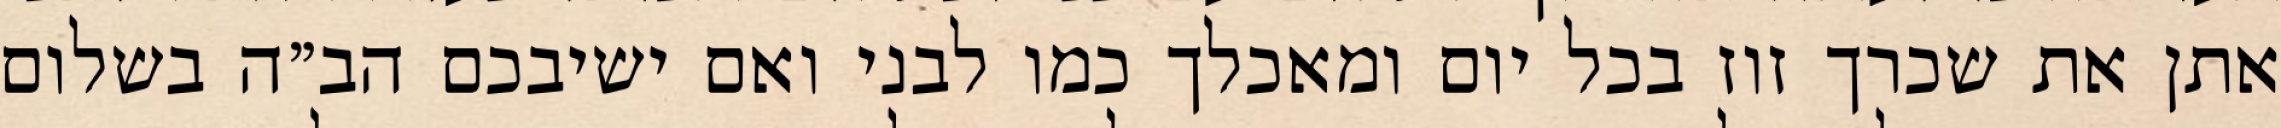
אתן את שכרך זוז בכל יום ומאכלך כמו לבני ואם ישיבכם הב”ה בשלום